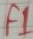
Text: F1